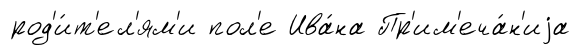
род'и́т'ел'ям'и пол'е Ива́на Пр'им'еча́н'иjа